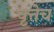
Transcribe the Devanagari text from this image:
वृत्तेच